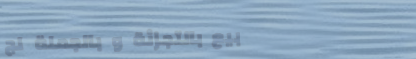
بيع بالتجزئة و بالجملة لج